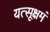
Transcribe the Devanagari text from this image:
यत्सूक्षमं